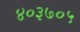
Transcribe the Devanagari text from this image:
४०३७०५